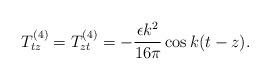
LaTeX: \begin{align*}T^{(4)}_{tz}=T^{(4)}_{zt}=-\frac{\epsilon k^2}{16\pi}\cos k(t-z) .\end{align*}